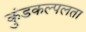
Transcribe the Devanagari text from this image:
कुंडकल्पलता